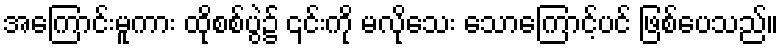
အကြောင်းမူကား ထိုစစ်ပွဲ၌ ၎င်းကို မလိုသေး သောကြောင့်ပင် ဖြစ်ပေသည်။